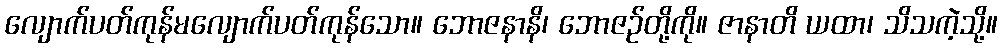
လျောက်ပတ်ကုန်မလျောက်ပတ်ကုန်သော။ ဘောဇနာနိ၊ ဘောဇဉ်တို့ကို။ ဇာနာတိ ယထာ၊ သိသကဲ့သို့။